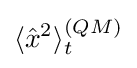
\langle {{\hat {x}}^{2}}\rangle _{t}^{(QM)}